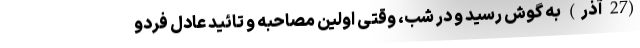
(27 آذر) به گوش رسید و در شب، وقتی اولین مصاحبه و تائید عادل فردو